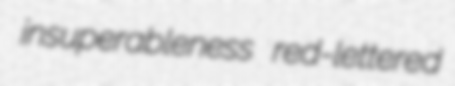
insuperableness red-lettered